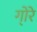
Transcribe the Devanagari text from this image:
गो्रे